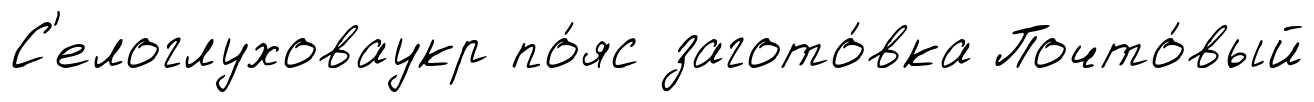
С'елоглуховаукр по́яс загото́вка Почто́вый